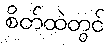
စိတ်ထဲတွင်